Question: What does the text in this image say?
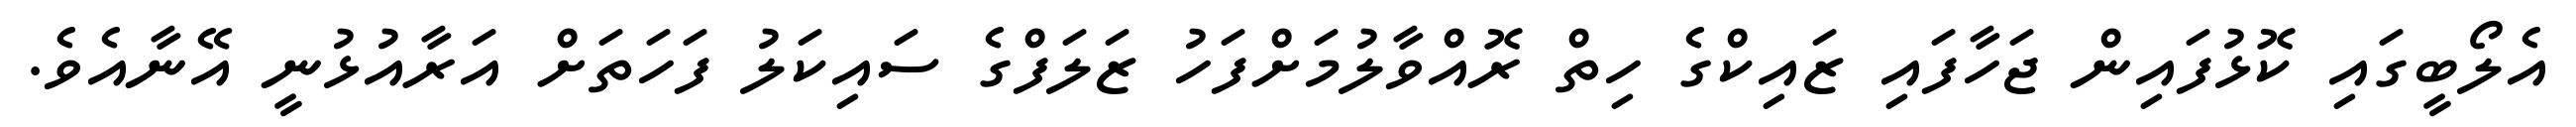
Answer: އެލޯބީގައި ކޮޅުފައިން ޖަހާފައި ޒައިކްގެ ހިތް ރޮއްވާލުމަށްފަހު ޒަލަފްގެ ސައިކަލު ފަހަތަށް އަރާއުޅުނީ އޭނާއެވެ.